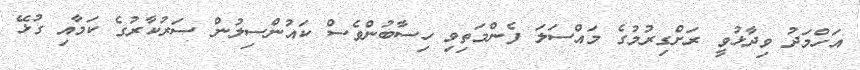
އަހްމަދު ވިދާޅުވީ ރަށްގިރުމުގެ މައްސަލަ ފެންމަތިވި ހިސާބުންވެސް ކައުންސިލުން ސަރުކާރުގެ ކަމާއި ގުޅޭ